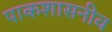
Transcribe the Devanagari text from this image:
पाकशासनीव